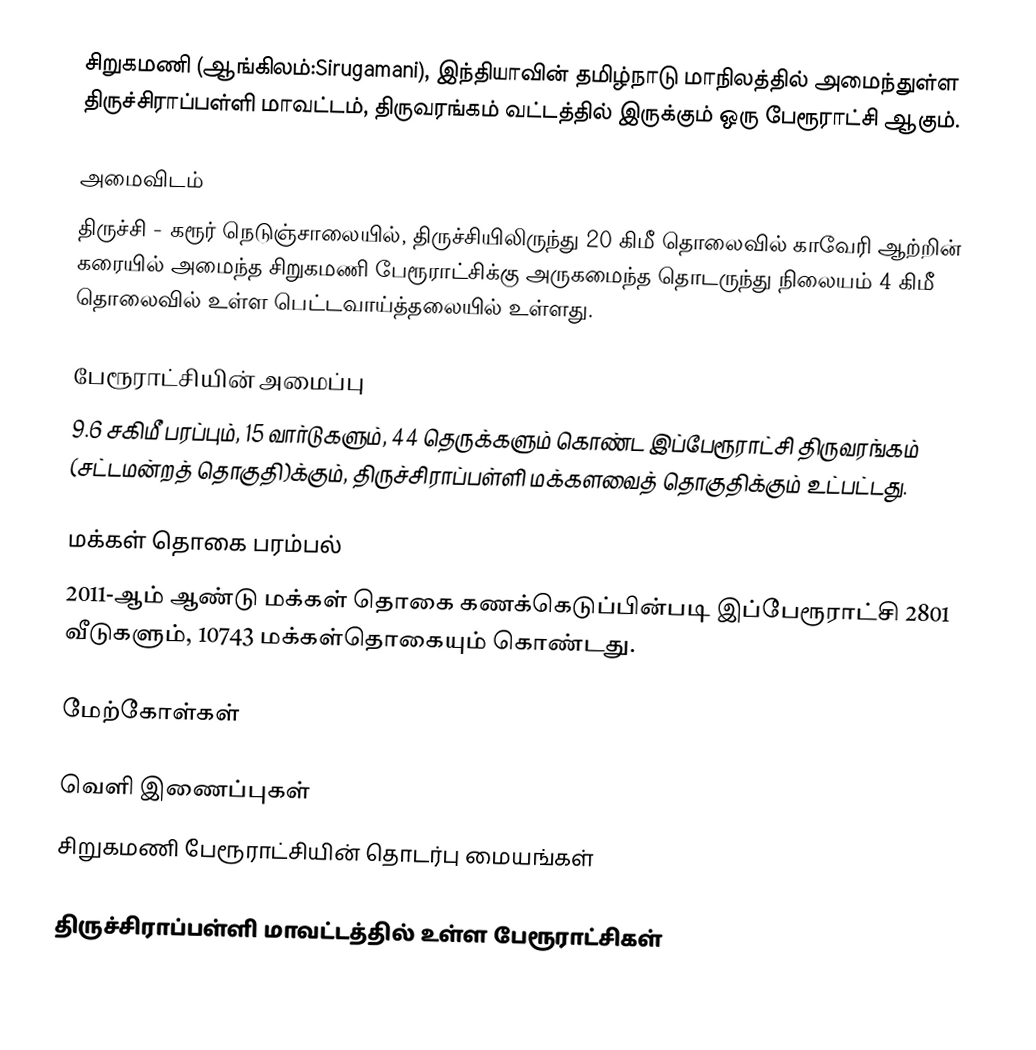
சிறுகமணி (ஆங்கிலம்:Sirugamani), இந்தியாவின் தமிழ்நாடு மாநிலத்தில் அமைந்துள்ள திருச்சிராப்பள்ளி மாவட்டம், திருவரங்கம் வட்டத்தில் இருக்கும் ஒரு பேரூராட்சி ஆகும்.

அமைவிடம்
திருச்சி - கரூர் நெடுஞ்சாலையில், திருச்சியிலிருந்து 20 கிமீ தொலைவில் காவேரி ஆற்றின் கரையில் அமைந்த  சிறுகமணி பேரூராட்சிக்கு அருகமைந்த தொடருந்து நிலையம் 4 கிமீ தொலைவில் உள்ள பெட்டவாய்த்தலையில் உள்ளது.

பேரூராட்சியின் அமைப்பு
9.6 சகிமீ பரப்பும்,  15 வார்டுகளும்,  44  தெருக்களும் கொண்ட இப்பேரூராட்சி  திருவரங்கம் (சட்டமன்றத் தொகுதி)க்கும், திருச்சிராப்பள்ளி மக்களவைத் தொகுதிக்கும் உட்பட்டது.

மக்கள் தொகை பரம்பல்
2011-ஆம் ஆண்டு மக்கள் தொகை கணக்கெடுப்பின்படி  இப்பேரூராட்சி  2801 வீடுகளும், 10743  மக்கள்தொகையும் கொண்டது.

மேற்கோள்கள்

வெளி இணைப்புகள்
 சிறுகமணி பேரூராட்சியின் தொடர்பு மையங்கள்

திருச்சிராப்பள்ளி மாவட்டத்தில் உள்ள பேரூராட்சிகள்